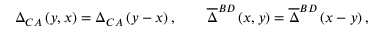
\Delta _ { C A } \left( y , x \right) = \Delta _ { C A } \left( y - x \right) , \qquad \overline { { { \Delta } } } ^ { B D } \left( x , y \right) = \overline { { { \Delta } } } ^ { B D } \left( x - y \right) ,